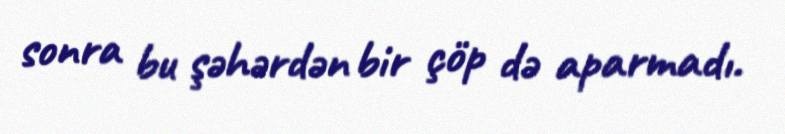
sonra bu şəhərdən bir çöp də aparmadı.